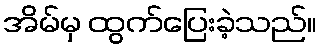
အိမ်မှ ထွက်ပြေးခဲ့သည်။